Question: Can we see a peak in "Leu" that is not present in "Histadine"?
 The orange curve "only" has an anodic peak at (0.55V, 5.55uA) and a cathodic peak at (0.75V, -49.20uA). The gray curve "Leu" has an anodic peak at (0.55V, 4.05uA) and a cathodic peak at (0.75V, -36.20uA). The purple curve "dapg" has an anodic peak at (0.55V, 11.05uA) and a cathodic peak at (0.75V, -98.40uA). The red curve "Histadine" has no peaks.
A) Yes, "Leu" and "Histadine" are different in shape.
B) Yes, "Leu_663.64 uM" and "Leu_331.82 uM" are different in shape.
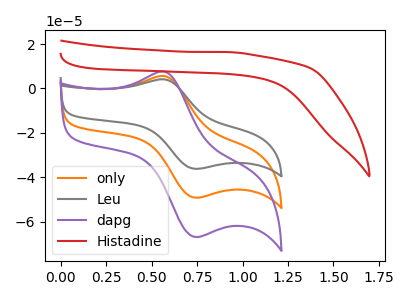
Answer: <think>"Leu" and "Histadine" have a different number of peaks.
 </think>
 <answer>A) Yes, "Leu" and "Histadine" are different in shape.</answer>
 <eval>A</eval>